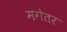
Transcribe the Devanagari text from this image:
मगेतर